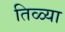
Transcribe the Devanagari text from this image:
तिळ्या